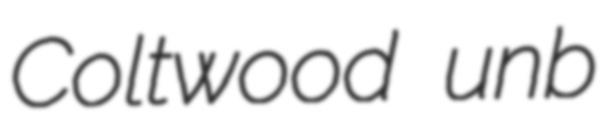
Coltwood unb